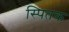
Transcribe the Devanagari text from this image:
स्पितक